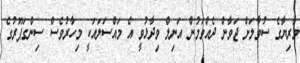
މާރިޔާގެ ސުވާލަށް ޖަވާން ދެއްވަމުން އަނިލް ވިދާޅުވީ އެ މައްސަލައަކީ މިހާރުވެސް ސިންގަޕޫރުގެ